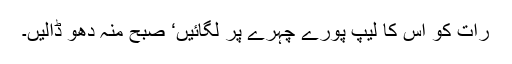
رات کو اس کا لیپ پورے چہرے پر لگائیں‘ صبح منہ دھو ڈالیں۔